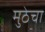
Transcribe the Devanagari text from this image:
मुठेचा